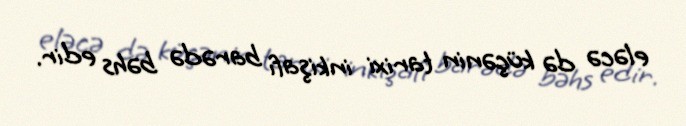
eləcə də küçənin tarixi inkişafı barədə bəhs edir.